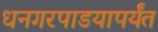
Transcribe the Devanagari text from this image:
धनगरपाडयापर्यंत